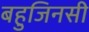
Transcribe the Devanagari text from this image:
बहुजिनसी